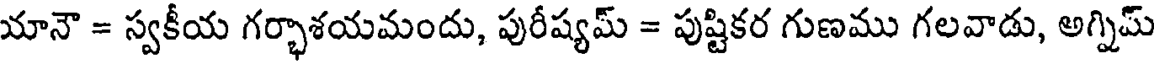
యానౌ = స్వకీయ గర్భాశయమందు, పురీష్యమ్ = పుష్టికర గుణము గలవాడు, అగ్నిమ్